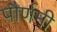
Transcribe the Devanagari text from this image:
पौर्णमी